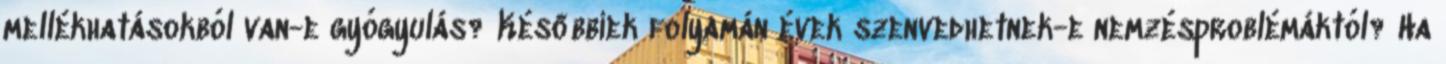
mellékhatásokból van-e gyógyulás? Későbbiek folyamán évek szenvedhetnek-e nemzésproblémáktól? Ha